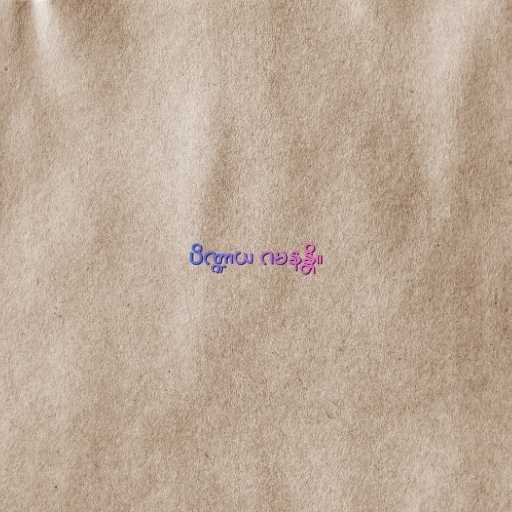
ပိဏ္ဍာယ ဂမနန္တိ။